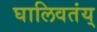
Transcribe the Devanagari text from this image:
घालिवतंय्